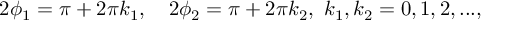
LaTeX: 2 \phi _ { 1 } = \pi + 2 \pi k _ { 1 } , ~ ~ ~ 2 \phi _ { 2 } = \pi + 2 \pi k _ { 2 } , ~ k _ { 1 } , k _ { 2 } = 0 , 1 , 2 , . . . ,